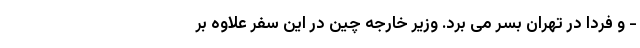
- و فردا در تهران بسر می برد. وزیر خارجه چین در این سفر علاوه بر